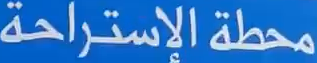
محطة الإستراحة